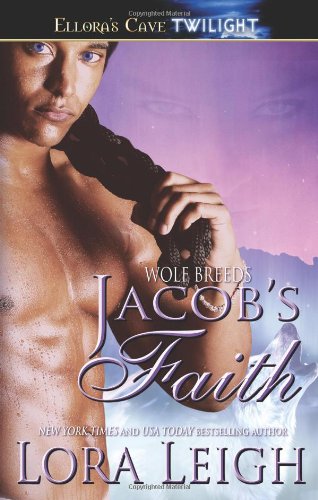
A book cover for Jacob's Faith (Wolf Breeds, Book 2); Lora Leigh; Romance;